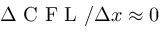
\Delta \mathrm { ~ C ~ F ~ L ~ } / \Delta x \approx 0